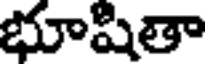
భూషితా